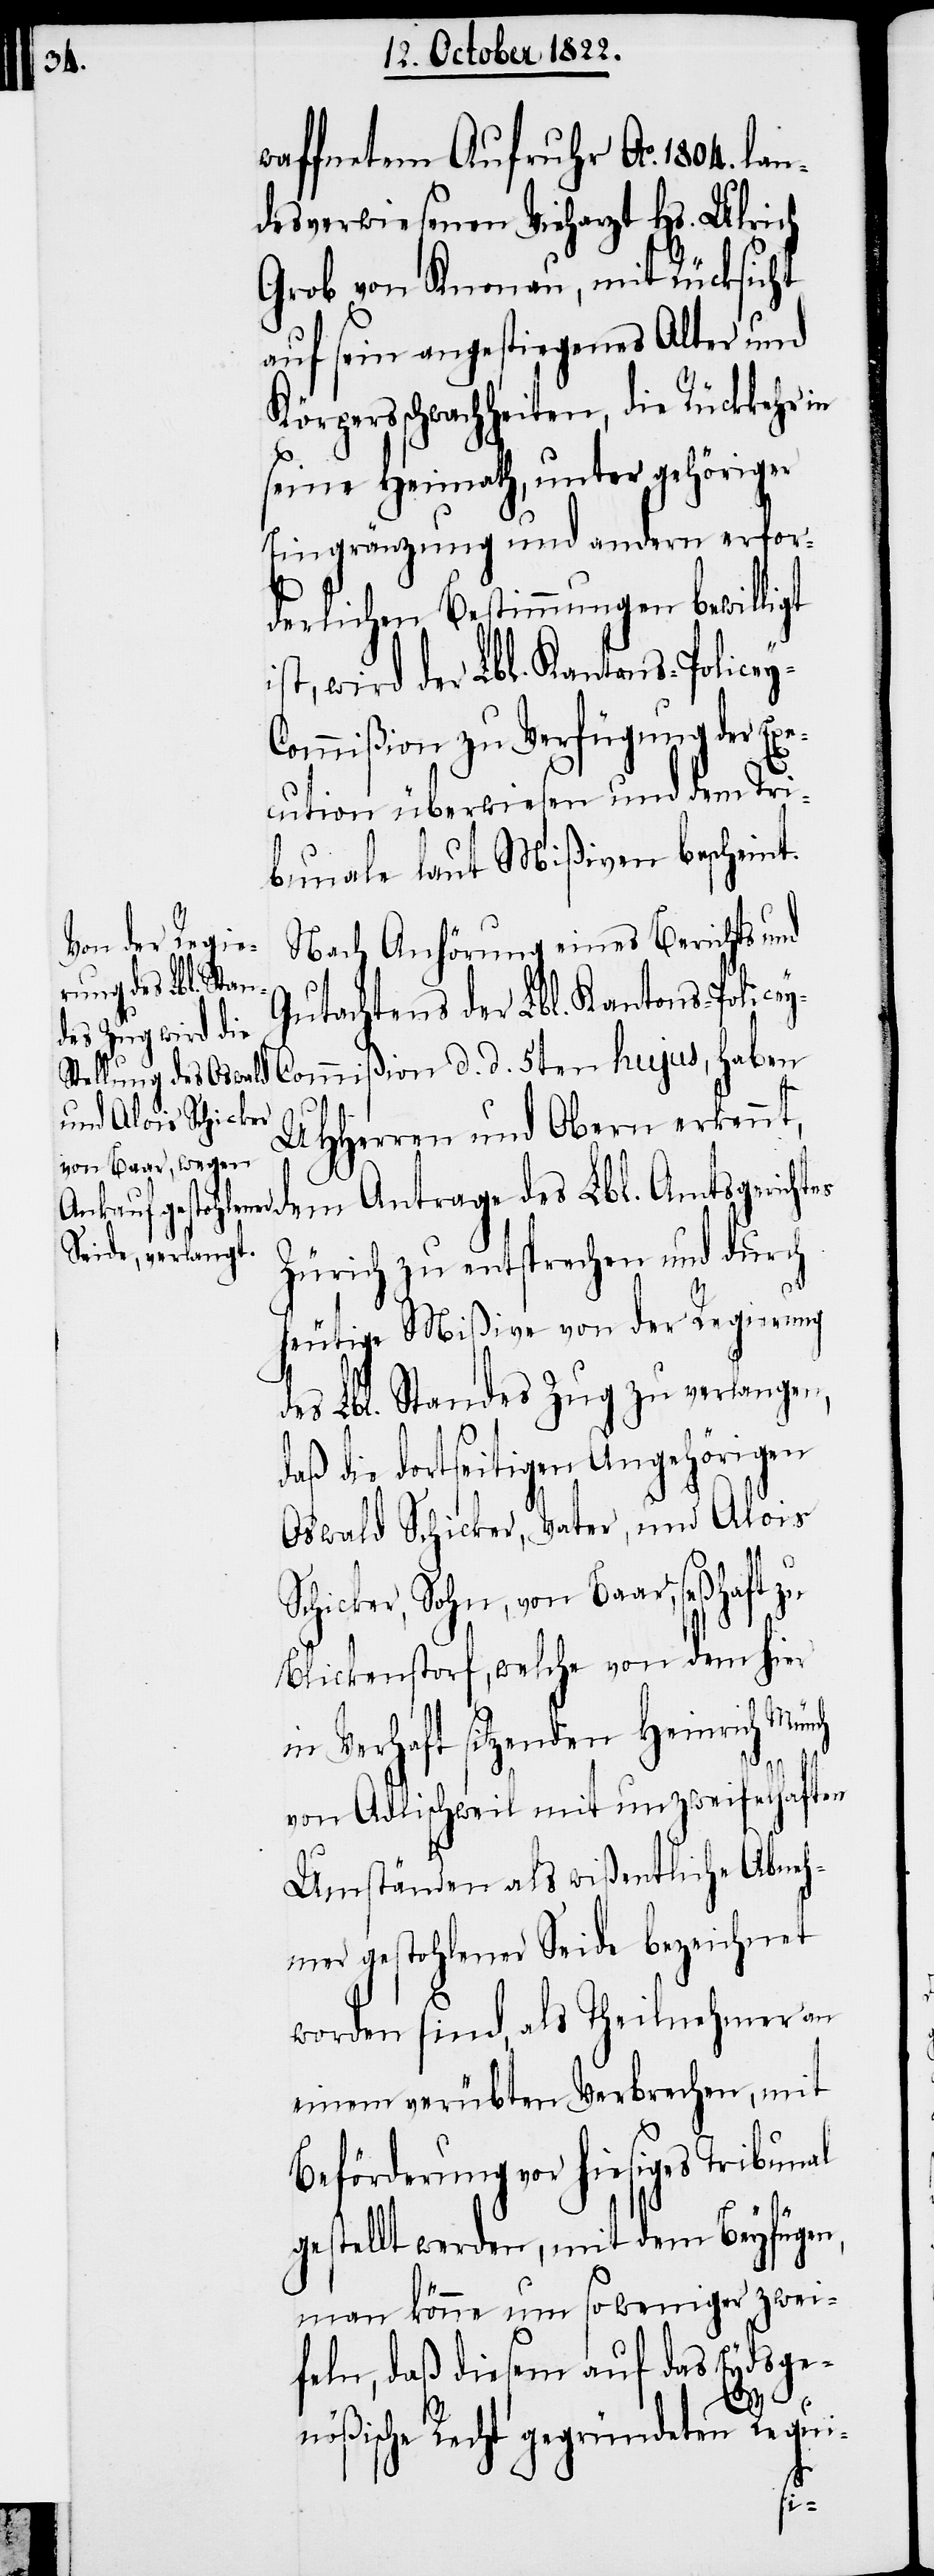
waffneten Aufruhr Ao. 1804. lan¬
desverwiesenen Vieharzt Hs. Ulrich
Grob von Knonau, mit Rücksicht
auf sein angestiegenes Alter und
Körpersschwachheiten, die Rückkehr in
seine Heimath, unter gehöriger
Eingränzung und andern erfor¬
derlichen Bestimmungen bewilligt
ist, wird der Lbl. Kantons-Police¬
ommißion zu Verfügung der Exe¬
cution überwiesen und dem Tri¬
bunale laut Mißiven bescheint.
Nach Anhörung eines Berichts und
Gutachtens der Lbl. Kantons-Police¬
y-Commißion d. d. 5ten hujus, haben
UHHerren und Obern erkennt,
dem Antrage des Lbl. Amtsgerichtes
Zürich zu entsprechen und durch
heutige Mißive von der Regierung
des Lbl. Standes Zug zu verlangen,
daß die dortseitigen Angehörigen
Oswald Schicker, Vater, und Alois
Schicker, Sohn, von Baar, seßhaft zu
Blickenstorf, welche von dem hier
in Verhaft sitzenden Heinrich Münch
von Adlischweil mit unzweifelhaften
Umständen als wißentliche Abneh¬
mer gestohlener Seide bezeichnet
worden sind, als Theilnehmer an
einem verübten Verbrechen, mit
Beförderung vor hiesiges Tribunal
gestellt werden, mit dem Beyfügen,
man könne um so weniger zwei¬
feln, daß diesem auf das Eydsge¬
y-C¬
nößische Recht gegründeten Requi-